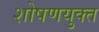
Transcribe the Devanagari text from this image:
शोषणयुक्त